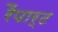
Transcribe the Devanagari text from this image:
रैंपार्ट